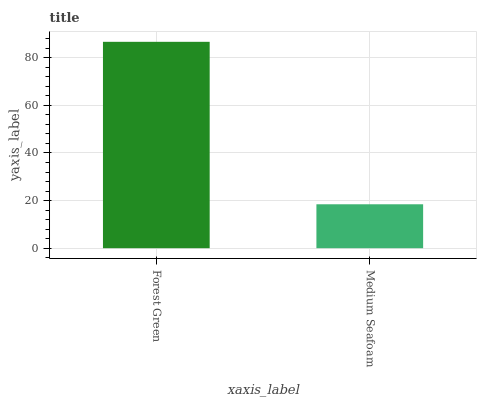
| xaxis_label | bars |
 | --- | --- |
 | Forest Green | 86.7 |
 | Medium Seafoam | 18.4 |